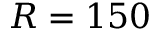
R = 1 5 0